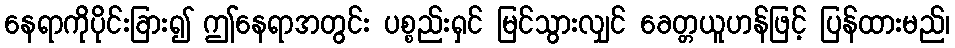
နေရာကိုပိုင်းခြား၍ ဤနေရာအတွင်း ပစ္စည်းရှင် မြင်သွားလျှင် ခေတ္တယူဟန်ဖြင့် ပြန်ထားမည်၊